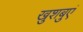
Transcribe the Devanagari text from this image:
खुशबुएं